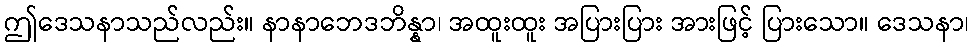
ဤဒေသနာသည်လည်း။ နာနာဘေဒဘိန္နာ၊ အထူးထူး အပြားပြား အားဖြင့် ပြားသော။ ဒေသနာ၊